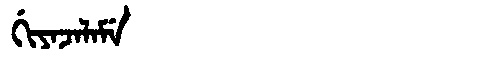
Manchu: ᡤᡳᠶᠠᠵᠠᠯᠠᠮᡝ
Romanization: GIYAJALAME